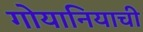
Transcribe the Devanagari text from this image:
गोयानियाची